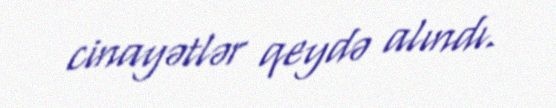
cinayətlər qeydə alındı.